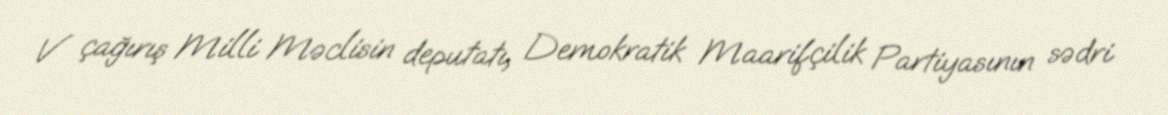
V çağırış Milli Məclisin deputatı, Demokratik Maarifçilik Partiyasının sədri